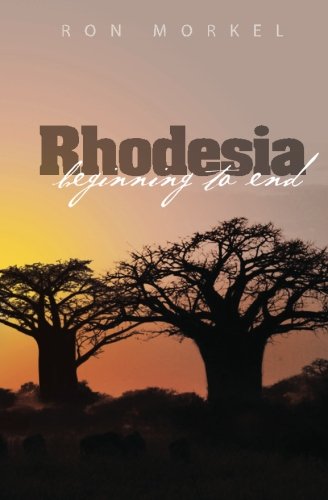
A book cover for Rhodesia-beginning to end; Ron Morkel; History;